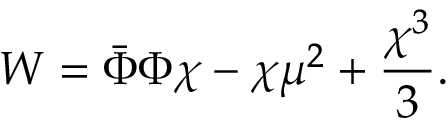
W = \bar { \Phi } \Phi \chi - \chi \mu ^ { 2 } + { \frac { \chi ^ { 3 } } { 3 } } .